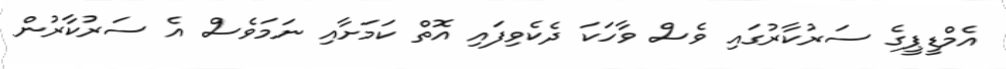
އެމްޑީޕީގެ ސަރުކާރުގައި ވެސް ވާހަކަ ދެކެވިފައި އޮތް ކަމަށާއި ނަމަވެސް އެ ސަރުކާރުން